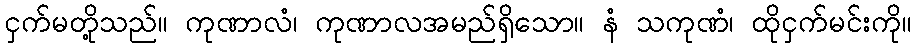
ငှက်မတို့သည်။ ကုဏာလံ၊ ကုဏာလအမည်ရှိသော။ နံ သကုဏံ၊ ထိုငှက်မင်းကို။